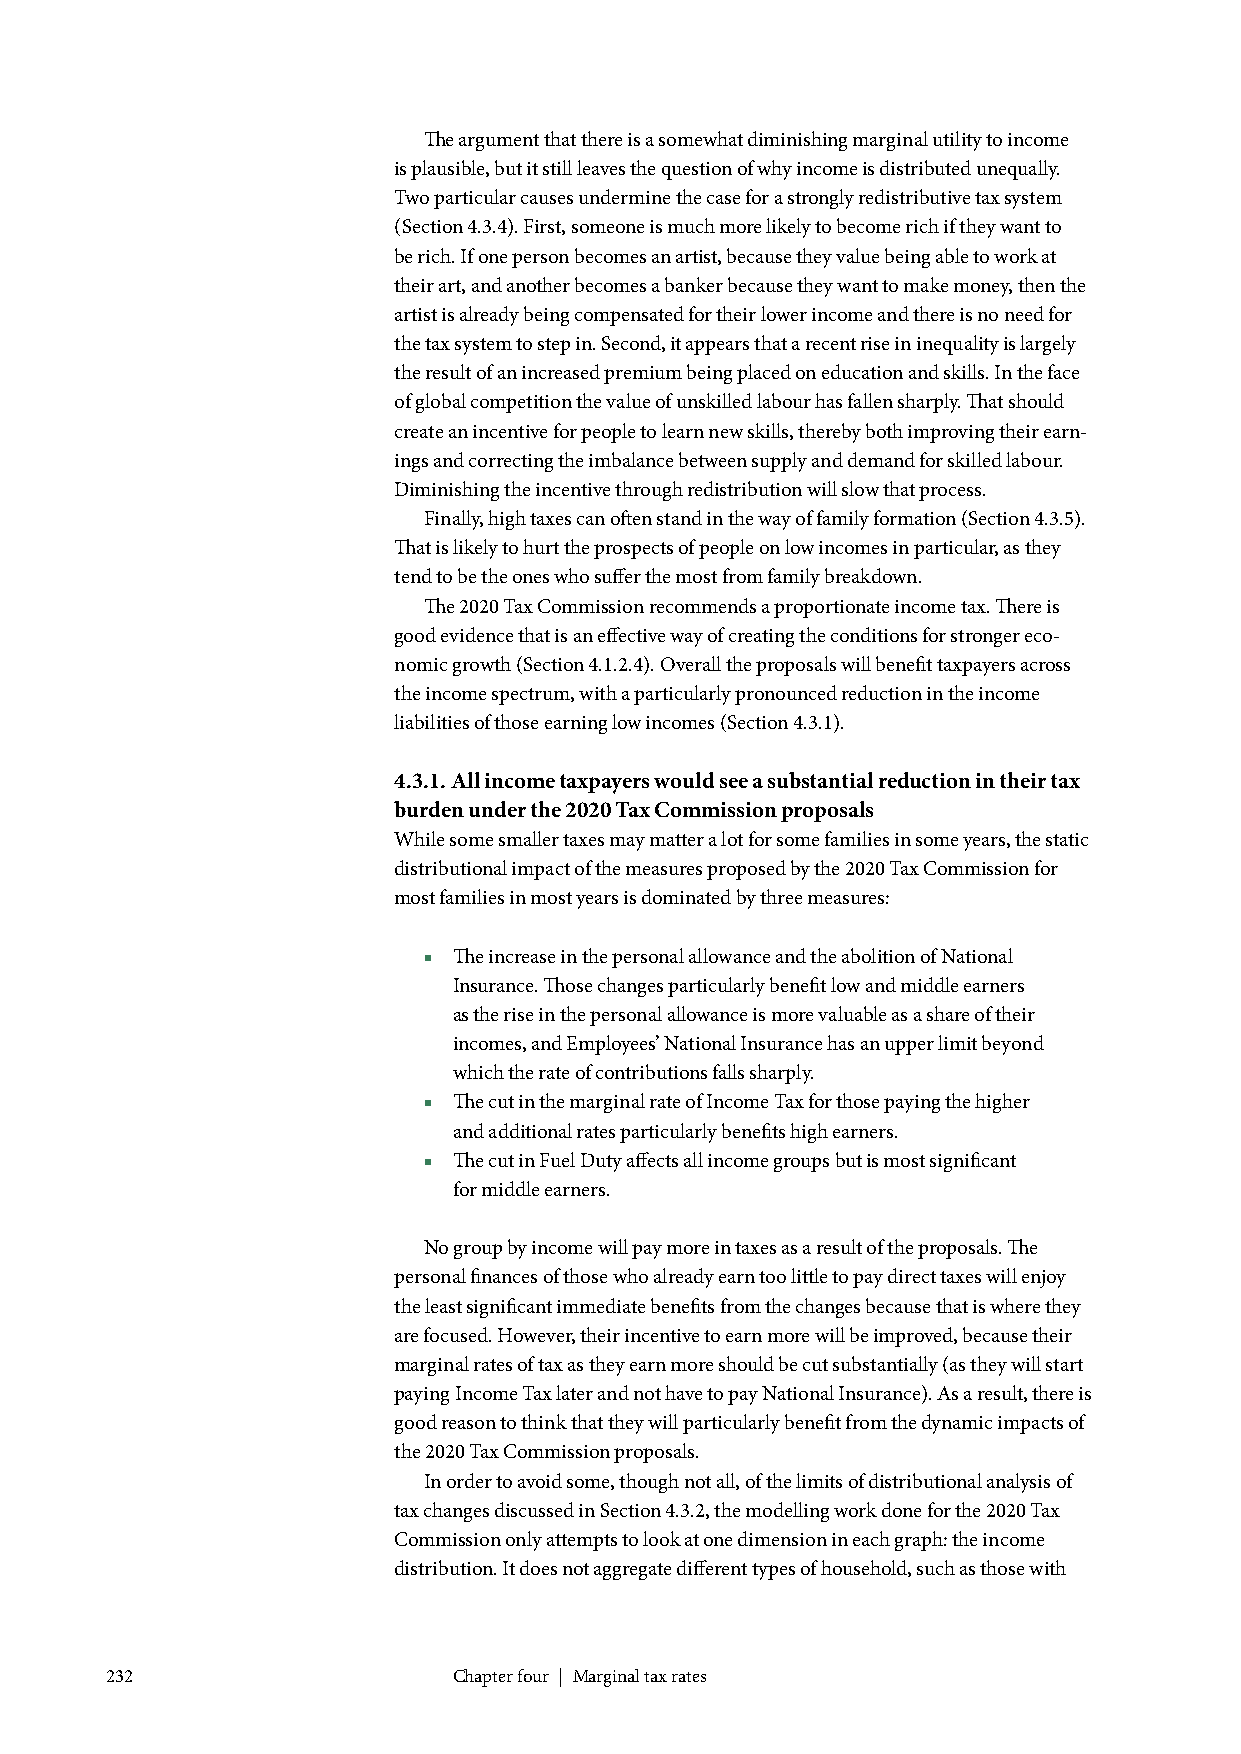
The argument that there is a somewhat diminishing marginal utility to income
 is plausible, but it still leaves the question of why income is distributed unequally.
 Two particular causes undermine the case for a strongly redistributive tax system
 (Section 4.3.4). First, someone is much more likely to become rich if they want to
 be rich. If one person becomes an artist, because they value being able to work at
 their art, and another becomes a banker because they want to make money, then the
 artist is already being compensated for their lower income and there is no need for
 the tax system to step in. Second, it appears that a recent rise in inequality is largely
 the result of an increased premium being placed on education and skills. In the face
 of global competition the value of unskilled labour has fallen sharply. That should
 create an incentive for people to learn new skills, thereby both improving their earn-
 ings and correcting the imbalance between supply and demand for skilled labour.
 Diminishing the incentive through redistribution will slow that process.
 Finally, high taxes can often stand in the way of family formation (Section 4.3.5).
 That is likely to hurt the prospects of people on low incomes in particular, as they
 tend to be the ones who suffer the most from family breakdown.
 The 2020 Tax Commission recommends a proportionate income tax. There is
 good evidence that is an effective way of creating the conditions for stronger eco-
 nomic growth (Section 4.1.2.4). Overall the proposals will benefit taxpayers across
 the income spectrum, with a particularly pronounced reduction in the income
 liabilities of those earning low incomes (Section 4.3.1).
 4.3.1. All income taxpayers would see a substantial reduction in their tax
 burden under the 2020 Tax Commission proposals
 While some smaller taxes may matter a lot for some families in some years, the static
 distributional impact of the measures proposed by the 2020 Tax Commission for
 most families in most years is dominated by three measures:
 ■ The increase in the personal allowance and the abolition of National
 Insurance. Those changes particularly benefit low and middle earners
 as the rise in the personal allowance is more valuable as a share of their
 incomes, and Employees’ National Insurance has an upper limit beyond
 which the rate of contributions falls sharply.
 ■ The cut in the marginal rate of Income Tax for those paying the higher
 and additional rates particularly benefits high earners.
 ■ The cut in Fuel Duty affects all income groups but is most significant
 for middle earners.
 No group by income will pay more in taxes as a result of the proposals. The
 personal finances of those who already earn too little to pay direct taxes will enjoy
 the least significant immediate benefits from the changes because that is where they
 are focused. However, their incentive to earn more will be improved, because their
 marginal rates of tax as they earn more should be cut substantially (as they will start
 paying Income Tax later and not have to pay National Insurance). As a result, there is
 good reason to think that they will particularly benefit from the dynamic impacts of
 the 2020 Tax Commission proposals.
 In order to avoid some, though not all, of the limits of distributional analysis of
 tax changes discussed in Section 4.3.2, the modelling work done for the 2020 Tax
 Commission only attempts to look at one dimension in each graph: the income
 distribution. It does not aggregate different types of household, such as those with
 232                    Chapter four | Marginal tax rates